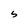
Character: S